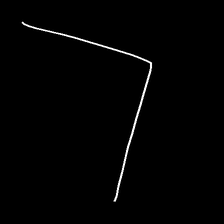
Glyph: region